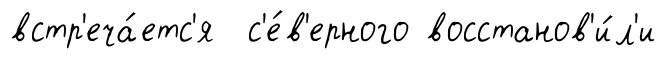
встр'еча́етс'я с'е́в'ерного восстанов'и́л'и